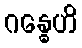
ဂန္ဓေဟိ